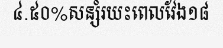
៤.៥០%សន្សំរយះពេលវែង១៨